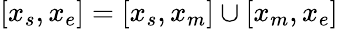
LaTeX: [x_{s},x_{e}]=[x_{s},x_{m}]\cup[x_{m},x_{e}]